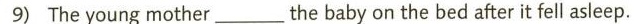
9) The young mother___the baby on the bed after it fell asleep.